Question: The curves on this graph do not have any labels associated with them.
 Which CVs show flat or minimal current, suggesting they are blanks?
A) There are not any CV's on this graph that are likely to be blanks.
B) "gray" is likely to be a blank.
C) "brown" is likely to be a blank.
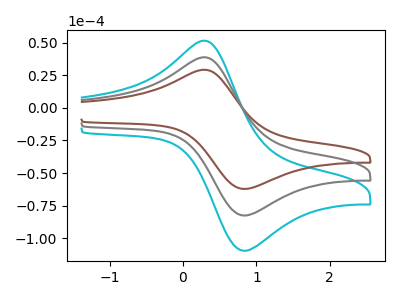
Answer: <think>The cyan curve "cyan" has an anodic peak at (0.35V, 76.55uA) and a cathodic peak at (0.85V, -164.95uA). The brown curve "brown" has an anodic peak at (0.35V, 28.85uA) and a cathodic peak at (0.85V, -62.15uA). The gray curve "gray" has an anodic peak at (0.35V, 38.30uA) and a cathodic peak at (0.85V, -82.45uA).</think>
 <answer>A) There are not any CV's on this graph that are likely to be blanks.</answer>
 <eval>A</eval>